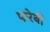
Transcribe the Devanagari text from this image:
फरेबी